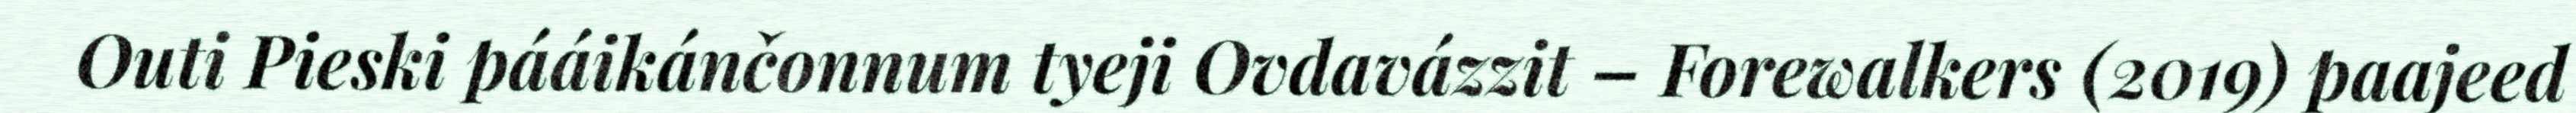
Outi Pieski pááikánčonnum tyeji Ovdavázzit – Forewalkers (2019) paajeed